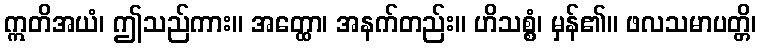
ဣတိအယံ၊ ဤသည်ကား။ အတ္ထော၊ အနက်တည်း။ ဟိသစ္စံ၊ မှန်၏။ ဖလသမာပတ္တိ၊